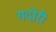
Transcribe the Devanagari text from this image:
गदोरी